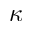
\kappa